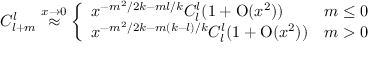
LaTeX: C _ { l + m } ^ { l } \stackrel { x \rightarrow 0 } { \approx } \left\{ \begin{array} { l c } { { x ^ { - m ^ { 2 } / 2 k - m l / k } C _ { l } ^ { l } ( 1 + \mathrm { O } ( x ^ { 2 } ) ) } } & { { m \leq 0 } } \\ { { x ^ { - m ^ { 2 } / 2 k - m ( k - l ) / k } C _ { l } ^ { l } ( 1 + \mathrm { O } ( x ^ { 2 } ) ) } } & { { m > 0 } } \end{array} \right.